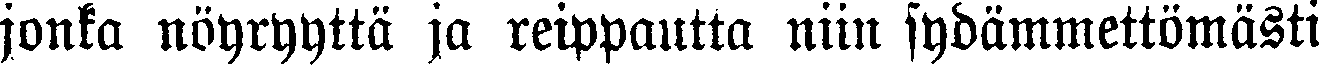
jonka nöyryyttä ja reippautta niin sydämmettömästi